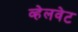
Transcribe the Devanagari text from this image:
व्हेलवेट